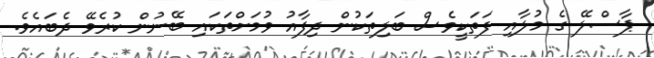
ޕާސްލޭ ގެ މުލާއި ފަތަކީވެސް ބަލިތަކުން ދިފާއު ވުމަށްތަކައި ބޭނުން ކުރެވޭ ދެބައެވެ.